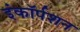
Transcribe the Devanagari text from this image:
इंकॉर्पशन